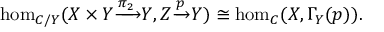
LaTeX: \hom _ { C / Y } ( X \times Y { \xrightarrow { \pi _ { 2 } } } Y , Z { \xrightarrow { p } } Y ) \cong \hom _ { C } ( X , \Gamma _ { Y } ( p ) ) .